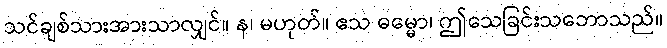
သင်ချစ်သားအားသာလျှင်။ န၊ မဟုတ်။ ဧသ ဓမ္မော၊ ဤသေခြင်းသဘောသည်။